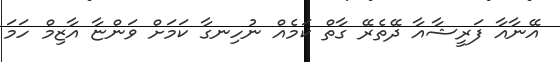
އޭނާއާ ފަރީޝާއާ ދޭތެރޭ ގާތް ކަމެއް ނުހިނގާ ކަމަށް ވަންޏާ އާޒިމް ހަމަ